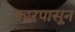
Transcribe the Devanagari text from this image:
कारपासून